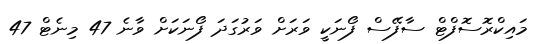
މައިކްރޮސޮފްޓް ސާފޭސް ފޯނަކީ ވަރަށް ވަރުގަދަ ފޯނަކަށް ވާނެ 47 މިނެޓް 47